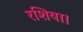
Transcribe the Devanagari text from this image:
रशिया।